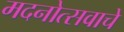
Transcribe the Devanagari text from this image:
मदनोत्सवाचे